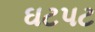
ઘટપટ